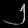
Digit: ၂